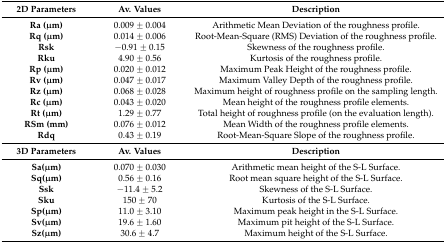
| 2D Parameters | Av. Values | Description |
 | --- | --- | --- |
 | Ra (μm) | 0.009 ± 0.004 | Arithmetic Mean Deviation of the roughness profile. |
 | Rq (μm) | 0.014 ± 0.006 | Root-Mean-Square (RMS) Deviation of the roughness profile. |
 | Rsk | −0.91 ± 0.15 | Skewness of the roughness profile. |
 | Rku | 4.90 ± 0.56 | Kurtosis of the roughness profile. |
 | Rp (μm) | 0.020 ± 0.012 | Maximum Peak Height of the roughness profile. |
 | Rv (μm) | 0.047 ± 0.017 | Maximum Valley Depth of the roughness profile. |
 | Rz (μm) | 0.068 ± 0.028 | Maximum height of roughness profile on the sampling length. |
 | Rc (μm) | 0.043 ± 0.020 | Mean height of the roughness profile elements. |
 | Rt (μm) | 1.29 ± 0.77 | Total height of roughness profile (on the evaluation length). |
 | RSm (mm) | 0.076 ± 0.012 | Mean Width of the roughness profile elements. |
 | Rdq | 0.43 ± 0.19 | Root-Mean-Square Slope of the roughness profile. |
 | 3D Parameters | Av. Values | Description |
 | Sa(μm) | 0.070 ± 0.030 | Arithmetic mean height of the S-L Surface. |
 | Sq(μm) | 0.56 ± 0.16 | Root mean square height of the S-L Surface. |
 | Ssk | −11.4 ± 5.2 | Skewness of the S-L Surface. |
 | Sku | 150 ± 70 | Kurtosis of the S-L Surface. |
 | Sp(μm) | 11.0 ± 3.10 | Maximum peak height in the S-L Surface. |
 | Sv(μm) | 19.6 ± 1.60 | Maximum pit height of the S-L Surface. |
 | Sz(μm) | 30.6 ± 4.7 | Maximum height of the S-L Surface. |